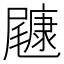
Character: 𱛂